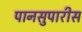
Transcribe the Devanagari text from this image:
पानसुपारीस